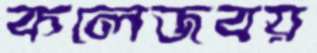
কলেজবয়